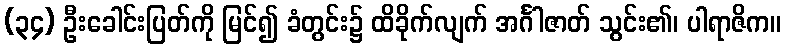
(၃၄) ဦးခေါင်းပြတ်ကို မြင်၍ ခံတွင်း၌ ထိခိုက်လျက် အင်္ဂါဇာတ် သွင်း၏၊ ပါရာဇိက။